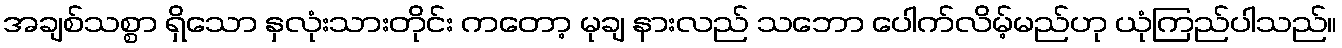
အချစ်သစ္စာ ရှိသော နှလုံးသားတိုင်း ကတော့ မုချ နားလည် သဘော ပေါက်လိမ့်မည်ဟု ယုံကြည်ပါသည်။